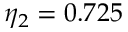
\eta _ { 2 } = 0 . 7 2 5